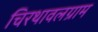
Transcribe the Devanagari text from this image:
चिरथावलग्राम